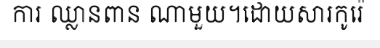
ការ ឈ្លានពាន ណាមួយ។ដោយសារកូរ៉េ